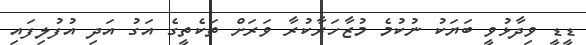
ޑީޑީ ވިދާޅުވީ ބަޔަކު ނުކުމެ މުޒާހަރާކުރާ ވަރަށް ތަކެތީގެ އަގު އަދި އުފުލިފައި